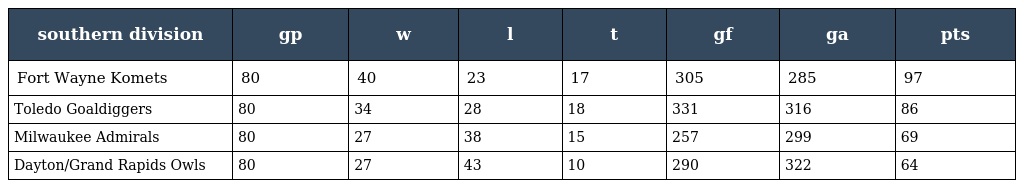
| southern division | gp | w | l | t | gf | ga | pts |
 | --- | --- | --- | --- | --- | --- | --- | --- |
 | Fort Wayne Komets | 80 | 40 | 23 | 17 | 305 | 285 | 97 |
 | Toledo Goaldiggers | 80 | 34 | 28 | 18 | 331 | 316 | 86 |
 | Milwaukee Admirals | 80 | 27 | 38 | 15 | 257 | 299 | 69 |
 | Dayton/Grand Rapids Owls | 80 | 27 | 43 | 10 | 290 | 322 | 64 |